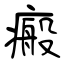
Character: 瘢